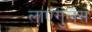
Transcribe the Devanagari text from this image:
लाएगुलस